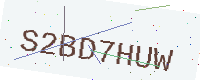
Text: S2BD7HUW